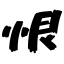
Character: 恨